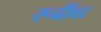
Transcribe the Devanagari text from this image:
रूढींवर